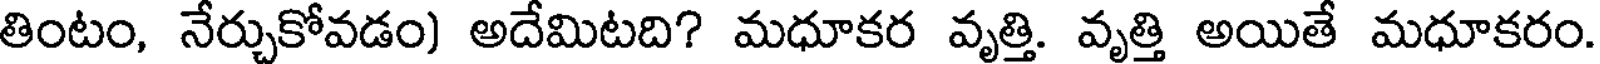
తింటం, నేర్చుకోవడం) అదేమిటది? మధూకర వృత్తి. వృత్తి అయితే మధూకరం